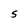
Character: S